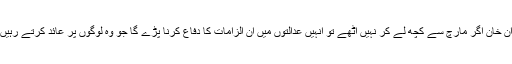
عمران خان اگر مارچ سے کچھ لے کر نہیں اُٹھے تو اُنہیں عدالتوں میں اُن الزامات کا دفاع کرنا پڑے گا جو وہ لوگوں پر عائد کرتے رہیں ہیں۔